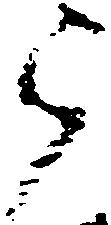
被